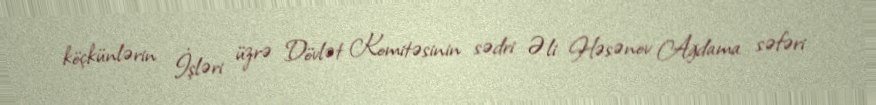
köçkünlərin İşləri üzrə Dövlət Komitəsinin sədri Əli Həsənov Ağdama səfəri